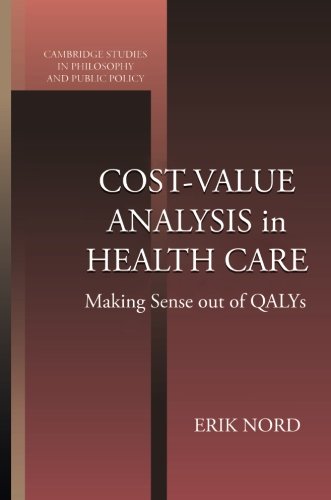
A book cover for Cost-Value Analysis in Health Care: Making Sense out of QALYS (Cambridge Studies in Philosophy and Public Policy); Erik Nord; Medical Books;